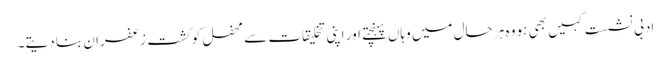
ادبی نشست کہیں بھی ہو وہ ہر حال میں وہاں پہنچتے اور اپنی تخلیقات سے محفل کو کشت زعفران بنا دیتے۔